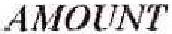
AMOUNT